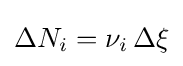
\Delta N_{i}=\nu _{i}\,\Delta \xi